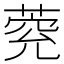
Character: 𦳾